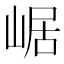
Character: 崌